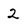
Character: 2